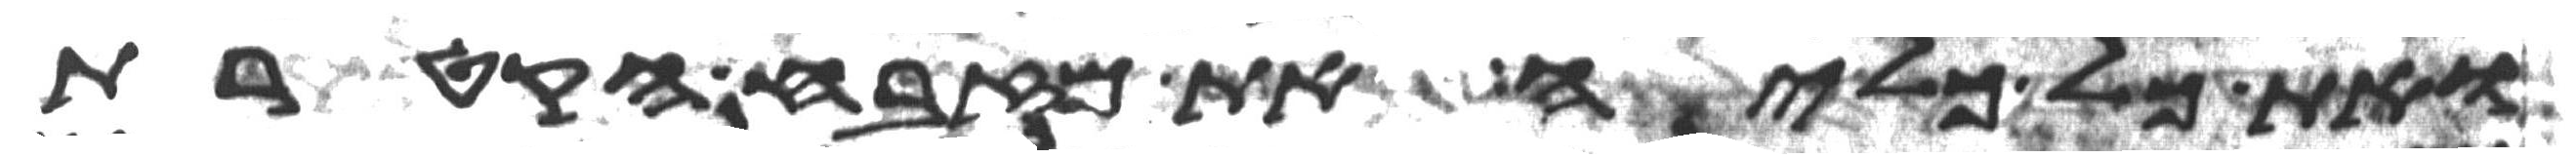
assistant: ואת כל כליה את מזבח הקטרת